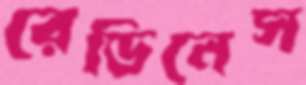
রেডিনেস